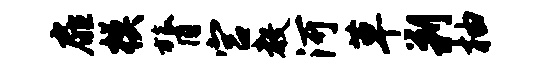
扉模膂宫教河草剿柚